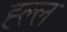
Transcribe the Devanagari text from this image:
ह्ल्ल